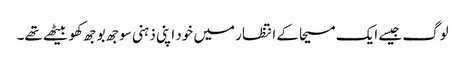
لوگ جیسے ایک مسیحا کے انتظار میں خود اپنی ذہنی سوجھ بوجھ کھو بیٹھے تھے۔